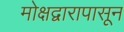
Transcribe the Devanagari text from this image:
मोक्षद्वारापासून